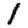
Digit: 1